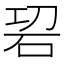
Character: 𥑱